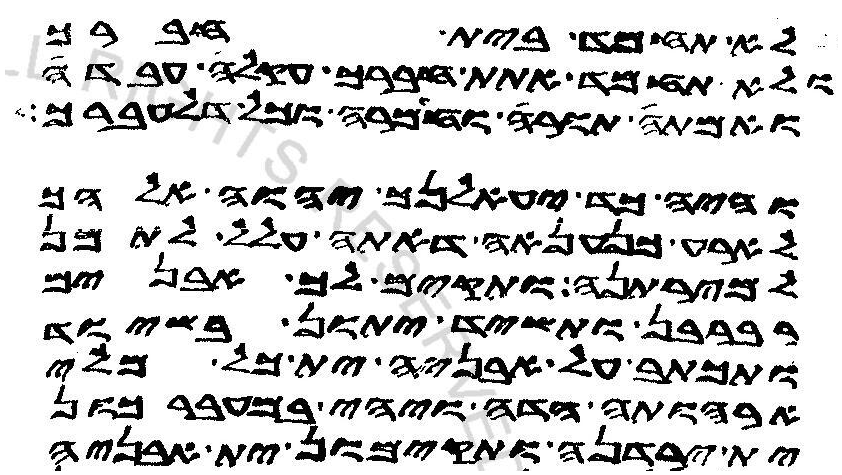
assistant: לא תחמד בית חברך
ולא תחמד אתת חברך עקלה עבדה
ואמתה תורה וחמרה וכל דלעברך
והי כד יעאלנך יהוה אלהך
לארע כנענאה דאתה עלל לתמן
למירתנה ותקים לך אבנים
רברבן ותשיד יתון בשיוד
ותכתב על אבניה ית כל מלי
ארהותה הדה ויהי במעברכון
ית ירדנה ותקימון ית אבניה